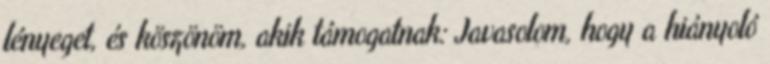
lényeget, és köszönöm, akik támogatnak: Javasolom, hogy a hiányoló